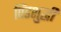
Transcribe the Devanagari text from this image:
पिंडशुद्धी